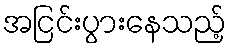
အငြင်းပွားနေသည့်